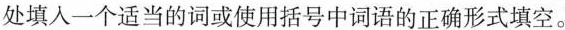
处填入一个适当的词或使用括号中词语的正确形式填空.